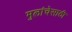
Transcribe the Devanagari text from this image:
मुलांचेसाठी